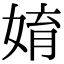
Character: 㛩